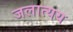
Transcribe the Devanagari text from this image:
जलात्यय